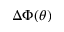
\Delta \Phi ( \theta )